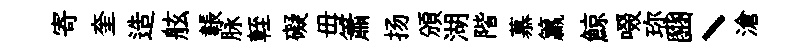
寄奎造舷韔脉輊礙毋簫扬頒湖階慕籯鯨啜珎豳丶滄